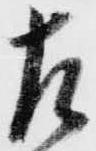
左